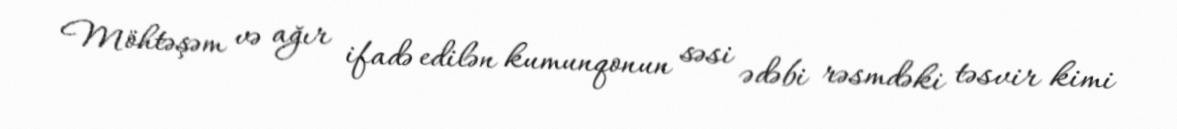
Möhtəşəm və ağır ifadə edilən kumunqonun səsi ədəbi rəsmdəki təsvir kimi